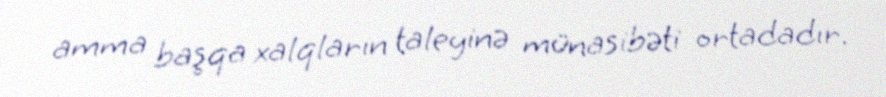
amma başqa xalqların taleyinə münasibəti ortadadır.